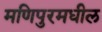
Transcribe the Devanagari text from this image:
मणिपुरमधील